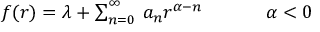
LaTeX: \begin{array} { c c } { { f ( r ) = \lambda + \sum _ { n = 0 } ^ { \infty } \, a _ { n } r ^ { \alpha - n } ~ ~ ~ ~ ~ } } & { { ~ ~ \alpha < 0 } } \end{array}